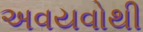
અવયવોથી